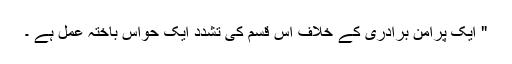
" ایک پرامن برادری کے خلاف اس قسم کی تشدد ایک حواس باختہ عمل ہے ۔